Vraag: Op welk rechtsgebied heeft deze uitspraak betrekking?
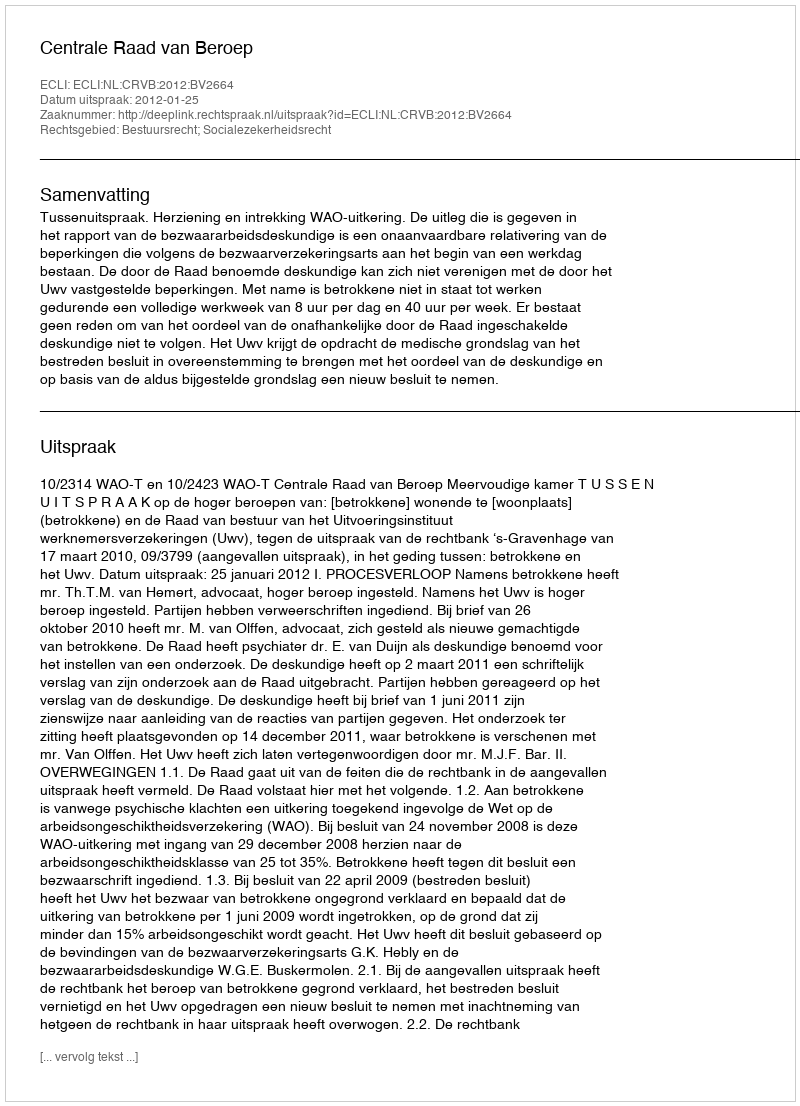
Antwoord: Bestuursrecht; Socialezekerheidsrecht